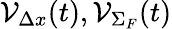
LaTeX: {\cal V}_{\Delta x}(t),{\cal V}_{\Sigma_{F}}(t)